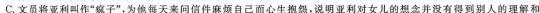
C.文员将亚利叫作“疯子”，为他每天来问信件麻烦自己而心生抱怨，说明亚利对女儿的想念并没有得到别人的理解和